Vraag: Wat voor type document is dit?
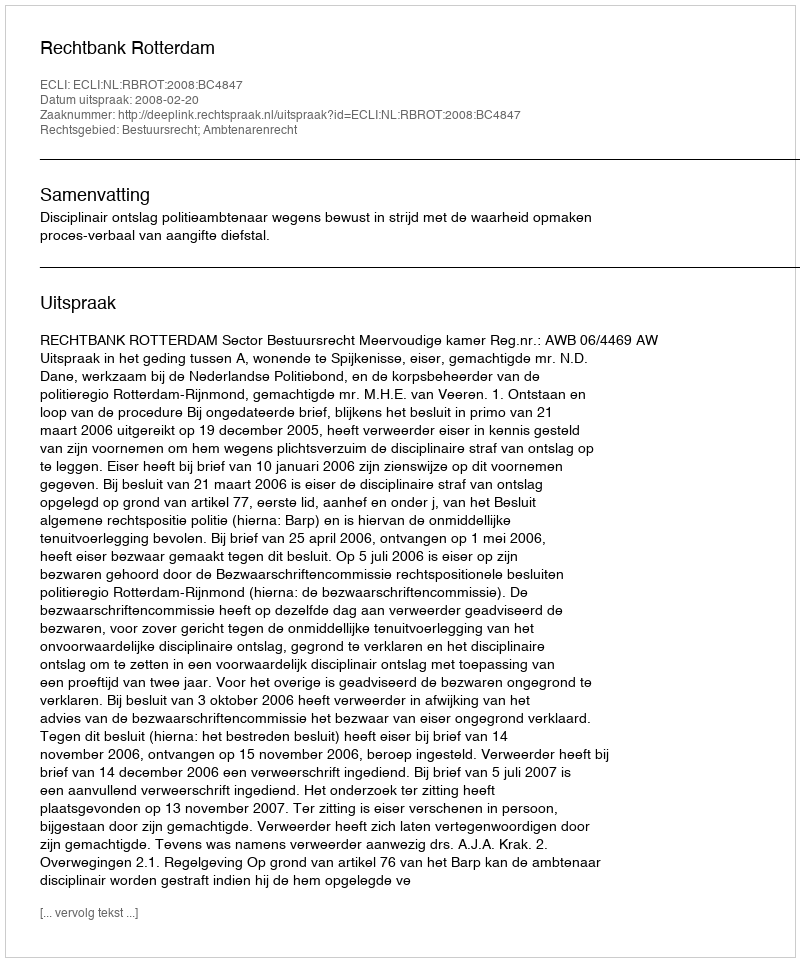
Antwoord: Uitspraak